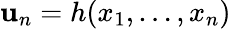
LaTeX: \mathbf{u}_{n}=h(x_{1},\ldots,x_{n})